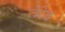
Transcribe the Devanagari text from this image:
तेरेद